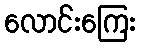
လောင်းကြေး